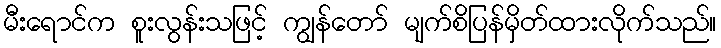
မီးရောင်က စူးလွန်းသဖြင့် ကျွန်တော် မျက်စိပြန်မှိတ်ထားလိုက်သည်။